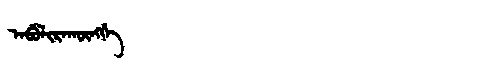
Manchu: ᠠᠪᡠᠯᡳᡵᠠᡴᡡᠩᡤᡝ
Romanization: ABULIRAKŪNGGE